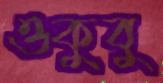
ওকুবু